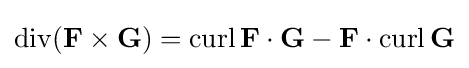
\operatorname {div} (\mathbf {F} \times \mathbf {G} )=\operatorname {curl} \mathbf {F} \cdot \mathbf {G} -\mathbf {F} \cdot \operatorname {curl} \mathbf {G}